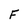
Character: F